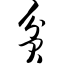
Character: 贫